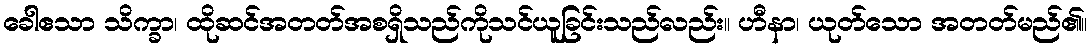
ခေါဧသာ သိက္ခာ၊ ထိုဆင်အတတ်အစရှိသည်ကိုသင်ယူခြင်းသည်လည်း။ ဟီနာ၊ ယုတ်သော အတတ်မည်၏။